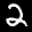
Label: 2